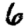
Digit: 6